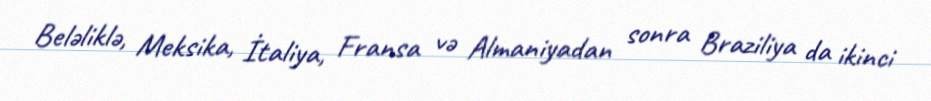
Beləliklə, Meksika, İtaliya, Fransa və Almaniyadan sonra Braziliya da ikinci